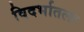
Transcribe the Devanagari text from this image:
विदर्भातला